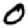
Digit: 0